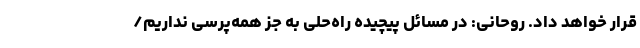
قرار خواهد داد. روحانی: در مسائل پیچیده راه‌حلی به جز همه‌پرسی نداریم/